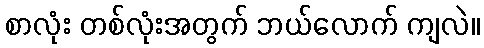
စာလုံး တစ်လုံးအတွက် ဘယ်လောက် ကျလဲ။